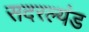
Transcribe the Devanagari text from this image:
सदरल्यंड